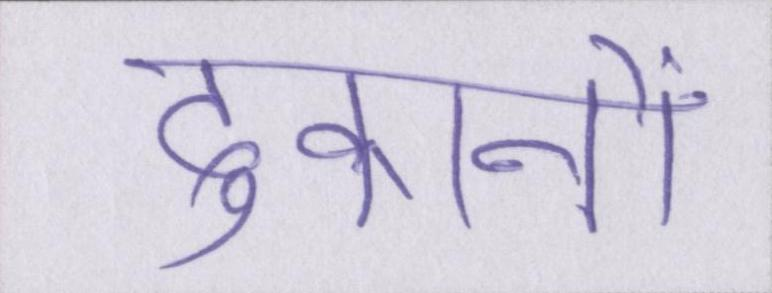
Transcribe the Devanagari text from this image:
दुकानों